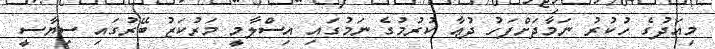
މިއަދުގެ ހުކުރު ނަމާދަށްފަހު ދުޢާ ކުރުމުގެ ނަމުގައި އިސްލާމީ މަރުކަޒު ބޭރުގައި ސިޔާސީ